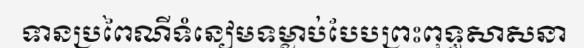
ទានប្រពៃណីទំនៀមទម្លាប់បែបព្រះពុទ្ធសាសនា